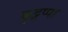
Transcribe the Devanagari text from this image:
कुट्टप्पा